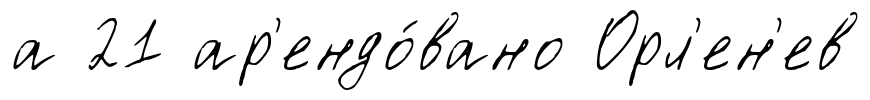
а 21 ар'ендо́вано Орл'ен'ев